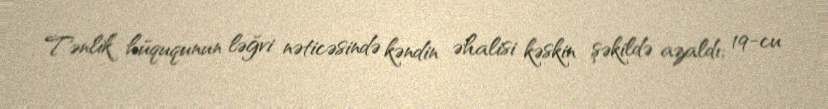
Tənlik hüququnun ləğvi nəticəsində kəndin əhalisi kəskin şəkildə azaldı; 19-cu